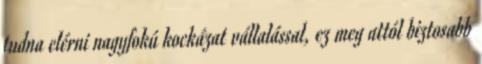
tudna elérni nagyfokú kockázat vállalással, ez meg attól biztosabb